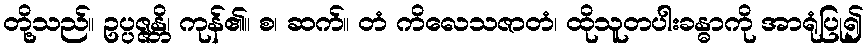
တို့သည်။ ဥပ္ပဇ္ဇန္တိ၊ ကုန်၏။ စ၊ ဆက်။ တံ ကိလေသဇာတံ၊ ထိုသူတပါးခန္ဓာကို အာရုံပြု၍